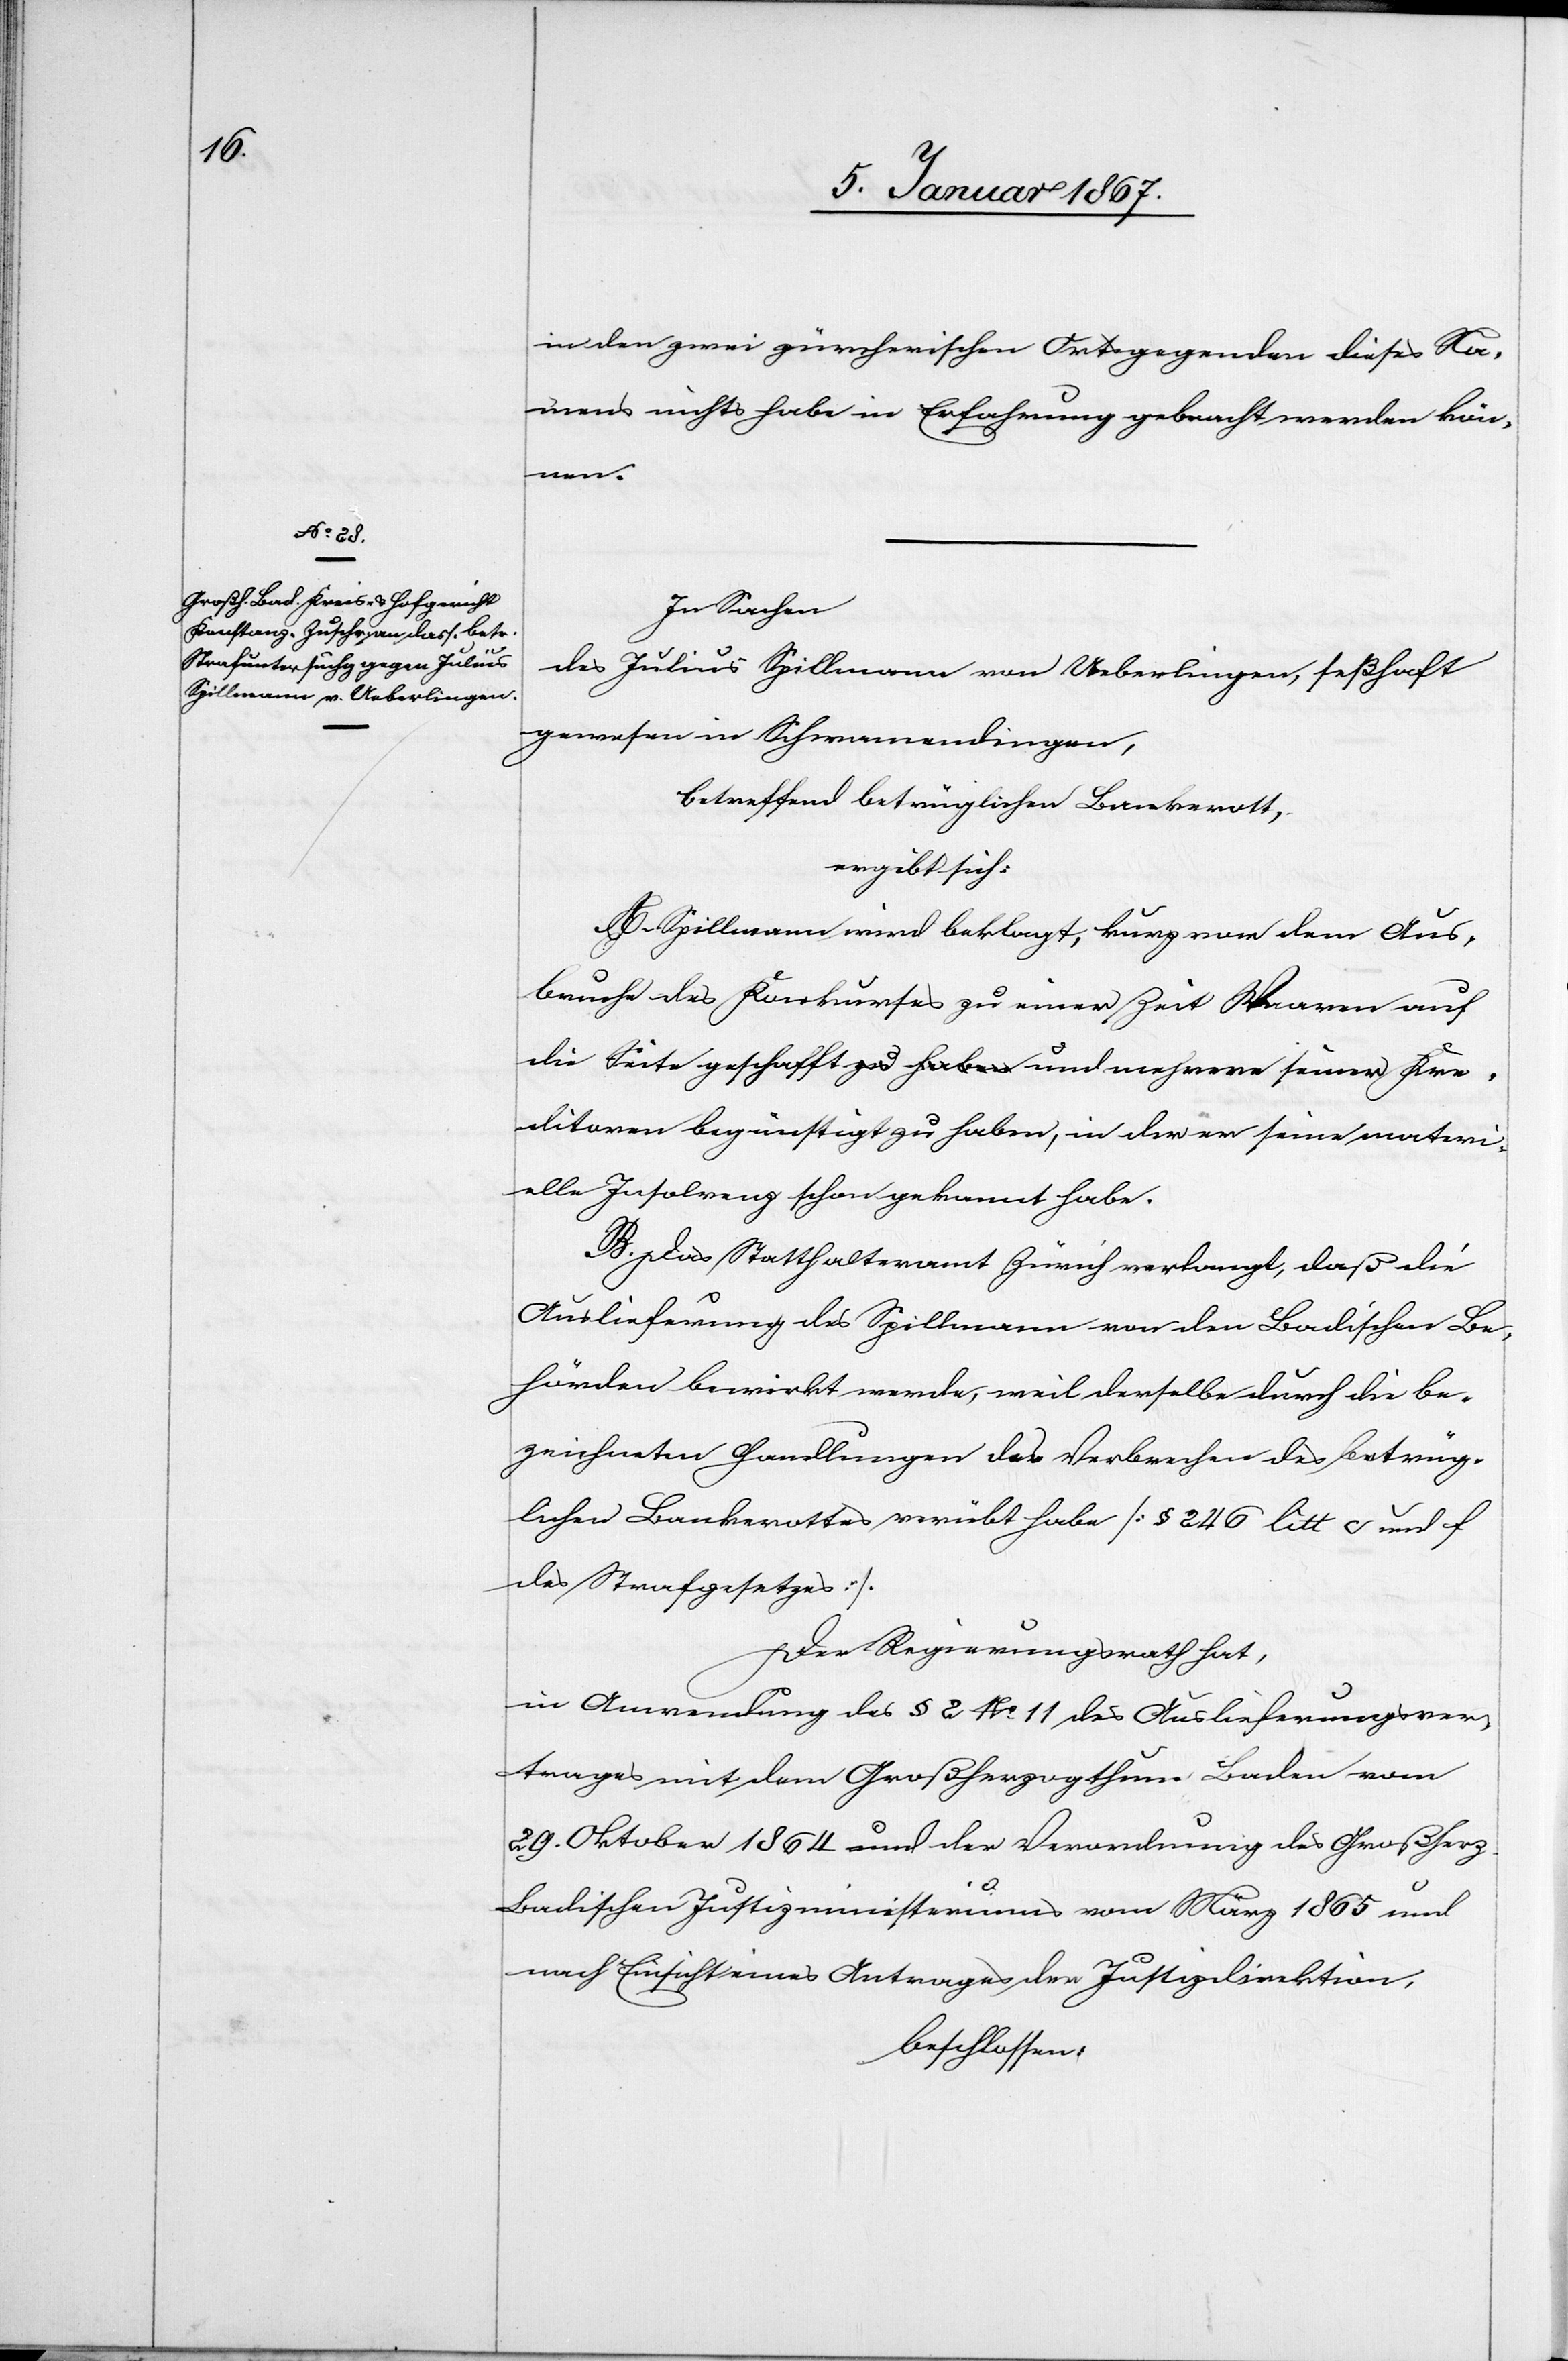
8. Januar 1867.]
in den zwei zürcherischen Ortsgegenden dieses Na¬
mens nichts habe in Erfahrung gebracht werden könn¬
materi¬
In Sachen
des Julius Spillmann von Ueberlingen, seßhaft
gewesen in Schwamendingen,
betreffend betrüglichen Bankerott,
ergibt sich:
A. Spillmann wird beklagt, kurz vor dem Aus¬
bruche des Konkurses zu einer Zeit Waren auf
die Seite geschafft und mehrere seiner Kreditoren be¬
elle Insolvenz schon gekannt habe.
B. Das Statthalteramt Zürich verlangt, daß die
Auslieferung des Spillmann von den Badischen Be¬
hörden bewirkt werde, weil derselbe durch die be¬
zeichneten Handlungen das Verbrechen des betrüg¬
lichen Bankerottes verübt habe [§ 246 litt c und f
des Strafgesetzes].
Der Regierungsrath hat,
in Anwendung des § No 11 des Auslieferungsver¬
trages mit dem Großherzogthum Baden vom
29. Oktober 1864 und der Verordnung des Großherz.
Badischen Justizministeriums von März 1865 und
nach Einsicht eines Antrages der Justizdirektion,
beschlossen: